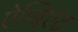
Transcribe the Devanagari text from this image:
ऐम्बिएंट